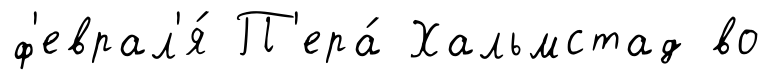
ф'еврал'я́ П'ера́ Хальмстад во